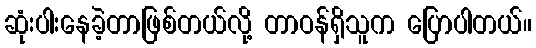
ဆုံးပါးနေခဲ့တာဖြစ်တယ်လို့ တာဝန်ရှိသူက ပြောပါတယ်။